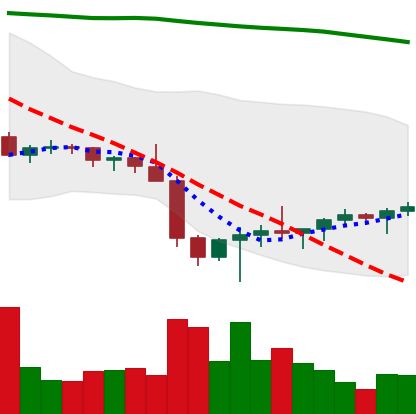
Ticker: BTC-USD
Chart end date: 2022-02-01
Forward return: 9.47%
Label: up_7plus